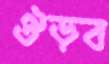
ঔড়ব